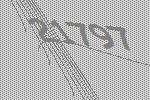
21797